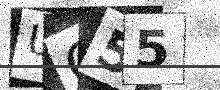
Text: UQ55